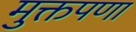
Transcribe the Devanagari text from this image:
मुक्तपणा